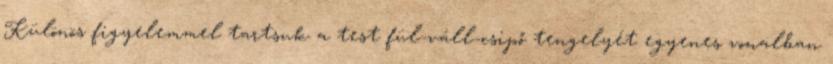
Különös figyelemmel tartsuk a test fül-váll-csipő tengelyét egyenes vonalban